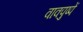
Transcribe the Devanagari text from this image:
वाक्पुष्पें